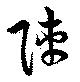
陣